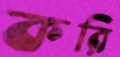
করি